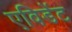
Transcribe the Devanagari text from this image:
एविडेंट